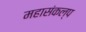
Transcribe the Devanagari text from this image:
महासंकल्प